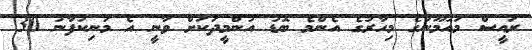
ރައީސް މައުމޫނުގެ މިހާރުގެ އެންމެ ބޮޑު އުންމީދަކަށް ވާނީ އެ މަނިކުފާނު 30